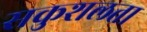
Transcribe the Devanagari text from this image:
सकुशलता